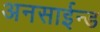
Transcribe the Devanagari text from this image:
अनसाईन्ड